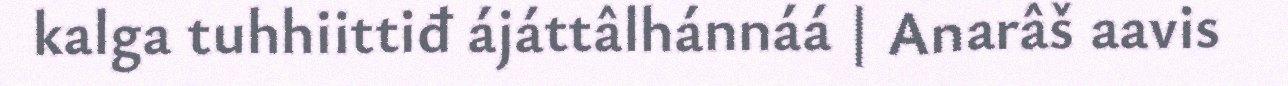
kalga tuhhiittiđ ájáttâlhánnáá | Anarâš aavis